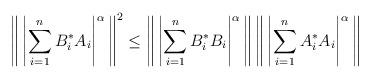
LaTeX: \begin{align*}\left\| \, \left|\sum_{i=1}^n B^*_iA_i\right|^{\alpha} \, \right\|^2 \le \left\| \,\left|\sum_{i=1}^n B^*_iB_i\right|^{\alpha}\, \right\| \left\| \, \left|\sum_{i=1}^n A^*_iA_i\right|^{\alpha} \, \right\|\end{align*}